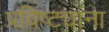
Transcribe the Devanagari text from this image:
प्रविष्ट्यांना